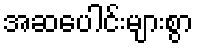
အဆပေါင်းများစွာ